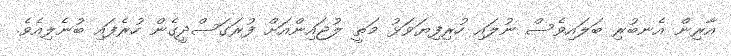
އާރިން އެނބުރި ބަލައިވެސް ނުލައި ހުރިފިޔަވަޅު މަތީ ލުޖައިންއަށް ފުރަގަސްދީގެން ހުރެފައި ބުނެލިއެވެ.